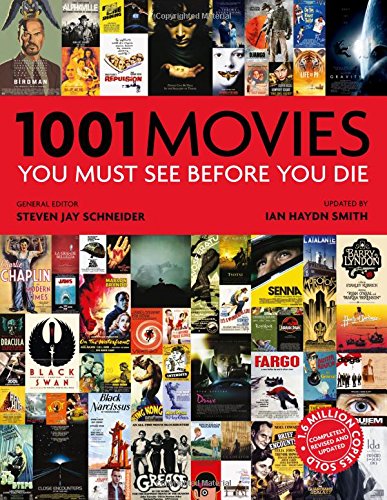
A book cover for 1001 Movies You Must See Before You Die; Ian Haydn Smith; Humor & Entertainment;